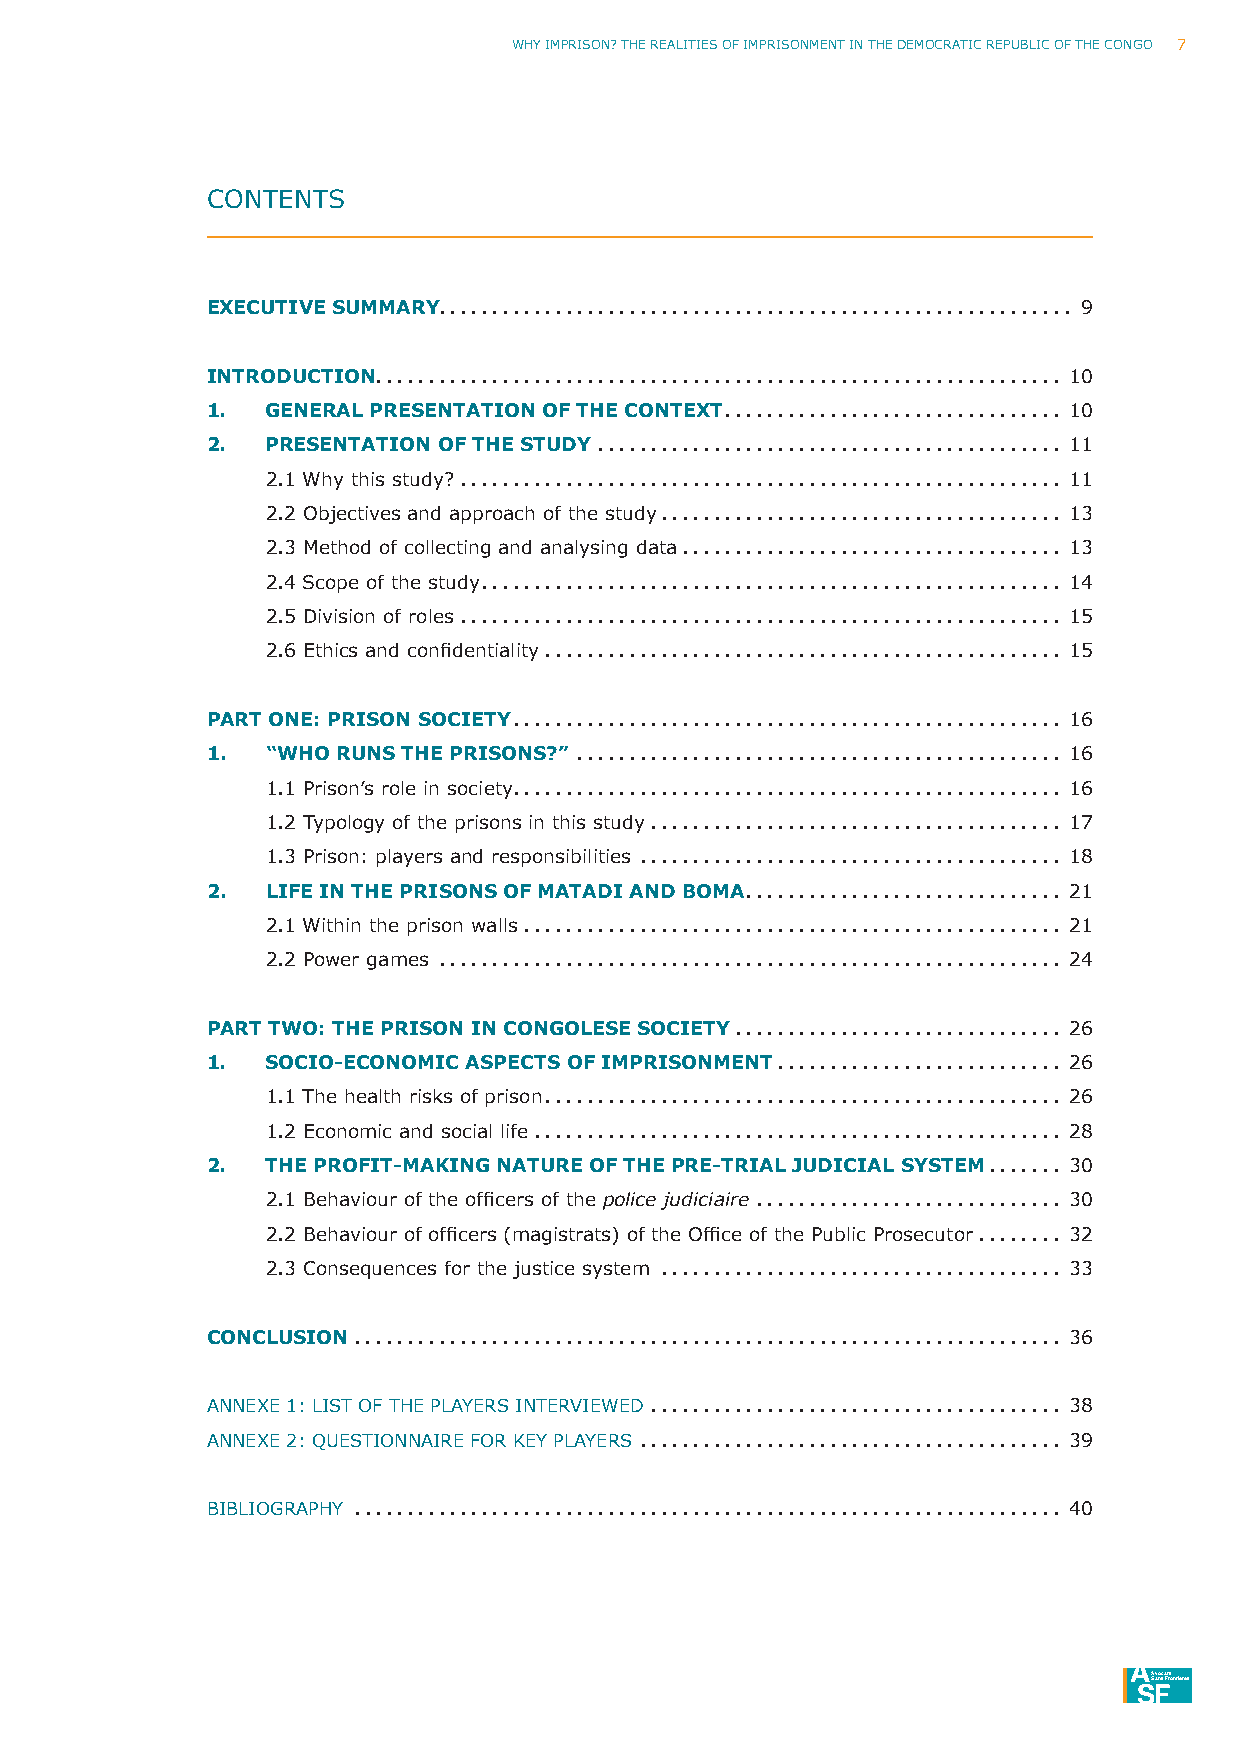
Why ImpRISoN? ThE REAlITIES oF ImpRISoNmENT IN ThE DEmoCRATIC REpuBlIC oF ThE CoNGo 7
 CoNTENTS
 EXECUTIVE SUMMARY ............................................................ 9
 InTRoDUCTIon ................................................................. 10
 1.  GEnERAL PRESEnTATIon oF THE ConTEXT ................................ 10
 2.  PRESEnTATIon oF THE STUDY ............................................ 11
 2.1 Why this study? ......................................................... 11
 2.2 objectives and approach of the study ...................................... 13
 2.3 method of collecting and analysing data .................................... 13
 2.4 Scope of the study ....................................................... 14
 2.5 Division of roles ......................................................... 15
 2.6 Ethics and confidentiality ................................................. 15
 PART onE: PRISon SoCIETY .................................................... 16
 1.  “WHo RUnS THE PRISonS?” .............................................. 16
 1.1 prison’s role in society .................................................... 16
 1.2 Typology of the prisons in this study ....................................... 17
 1.3 prison: players and responsibilities ........................................ 18
 2.  LIFE In THE PRISonS oF MATADI AnD BoMA .............................. 21
 2.1 Within the prison walls ................................................... 21
 2.2 power games ........................................................... 24
 PART TWo: THE PRISon In ConGoLESE SoCIETY ............................... 26
 1.  SoCIo-EConoMIC ASPECTS oF IMPRISonMEnT ........................... 26
 1.1 The health risks of prison ................................................. 26
 1.2 Economic and social life .................................................. 28
 2.  THE PRoFIT-MAKInG nATURE oF THE PRE-TRIAL JUDICIAL SYSTEM ....... 30
 2.1 Behaviour of the officers of the police judiciaire ............................. 30
 2.2 Behaviour of officers (magistrats) of the Office of the Public Prosecutor ........ 32
 2.3 Consequences for the justice system ...................................... 33
 ConCLUSIon ................................................................... 36
 ANNEXE 1: lIST oF ThE plAyERS INTERVIEWED ....................................... 38
 ANNEXE 2: QuESTIoNNAIRE FoR KEy plAyERS ........................................ 39
 BIBlIoGRAphy ................................................................... 40
 ASvaoncsa Ftrsontières